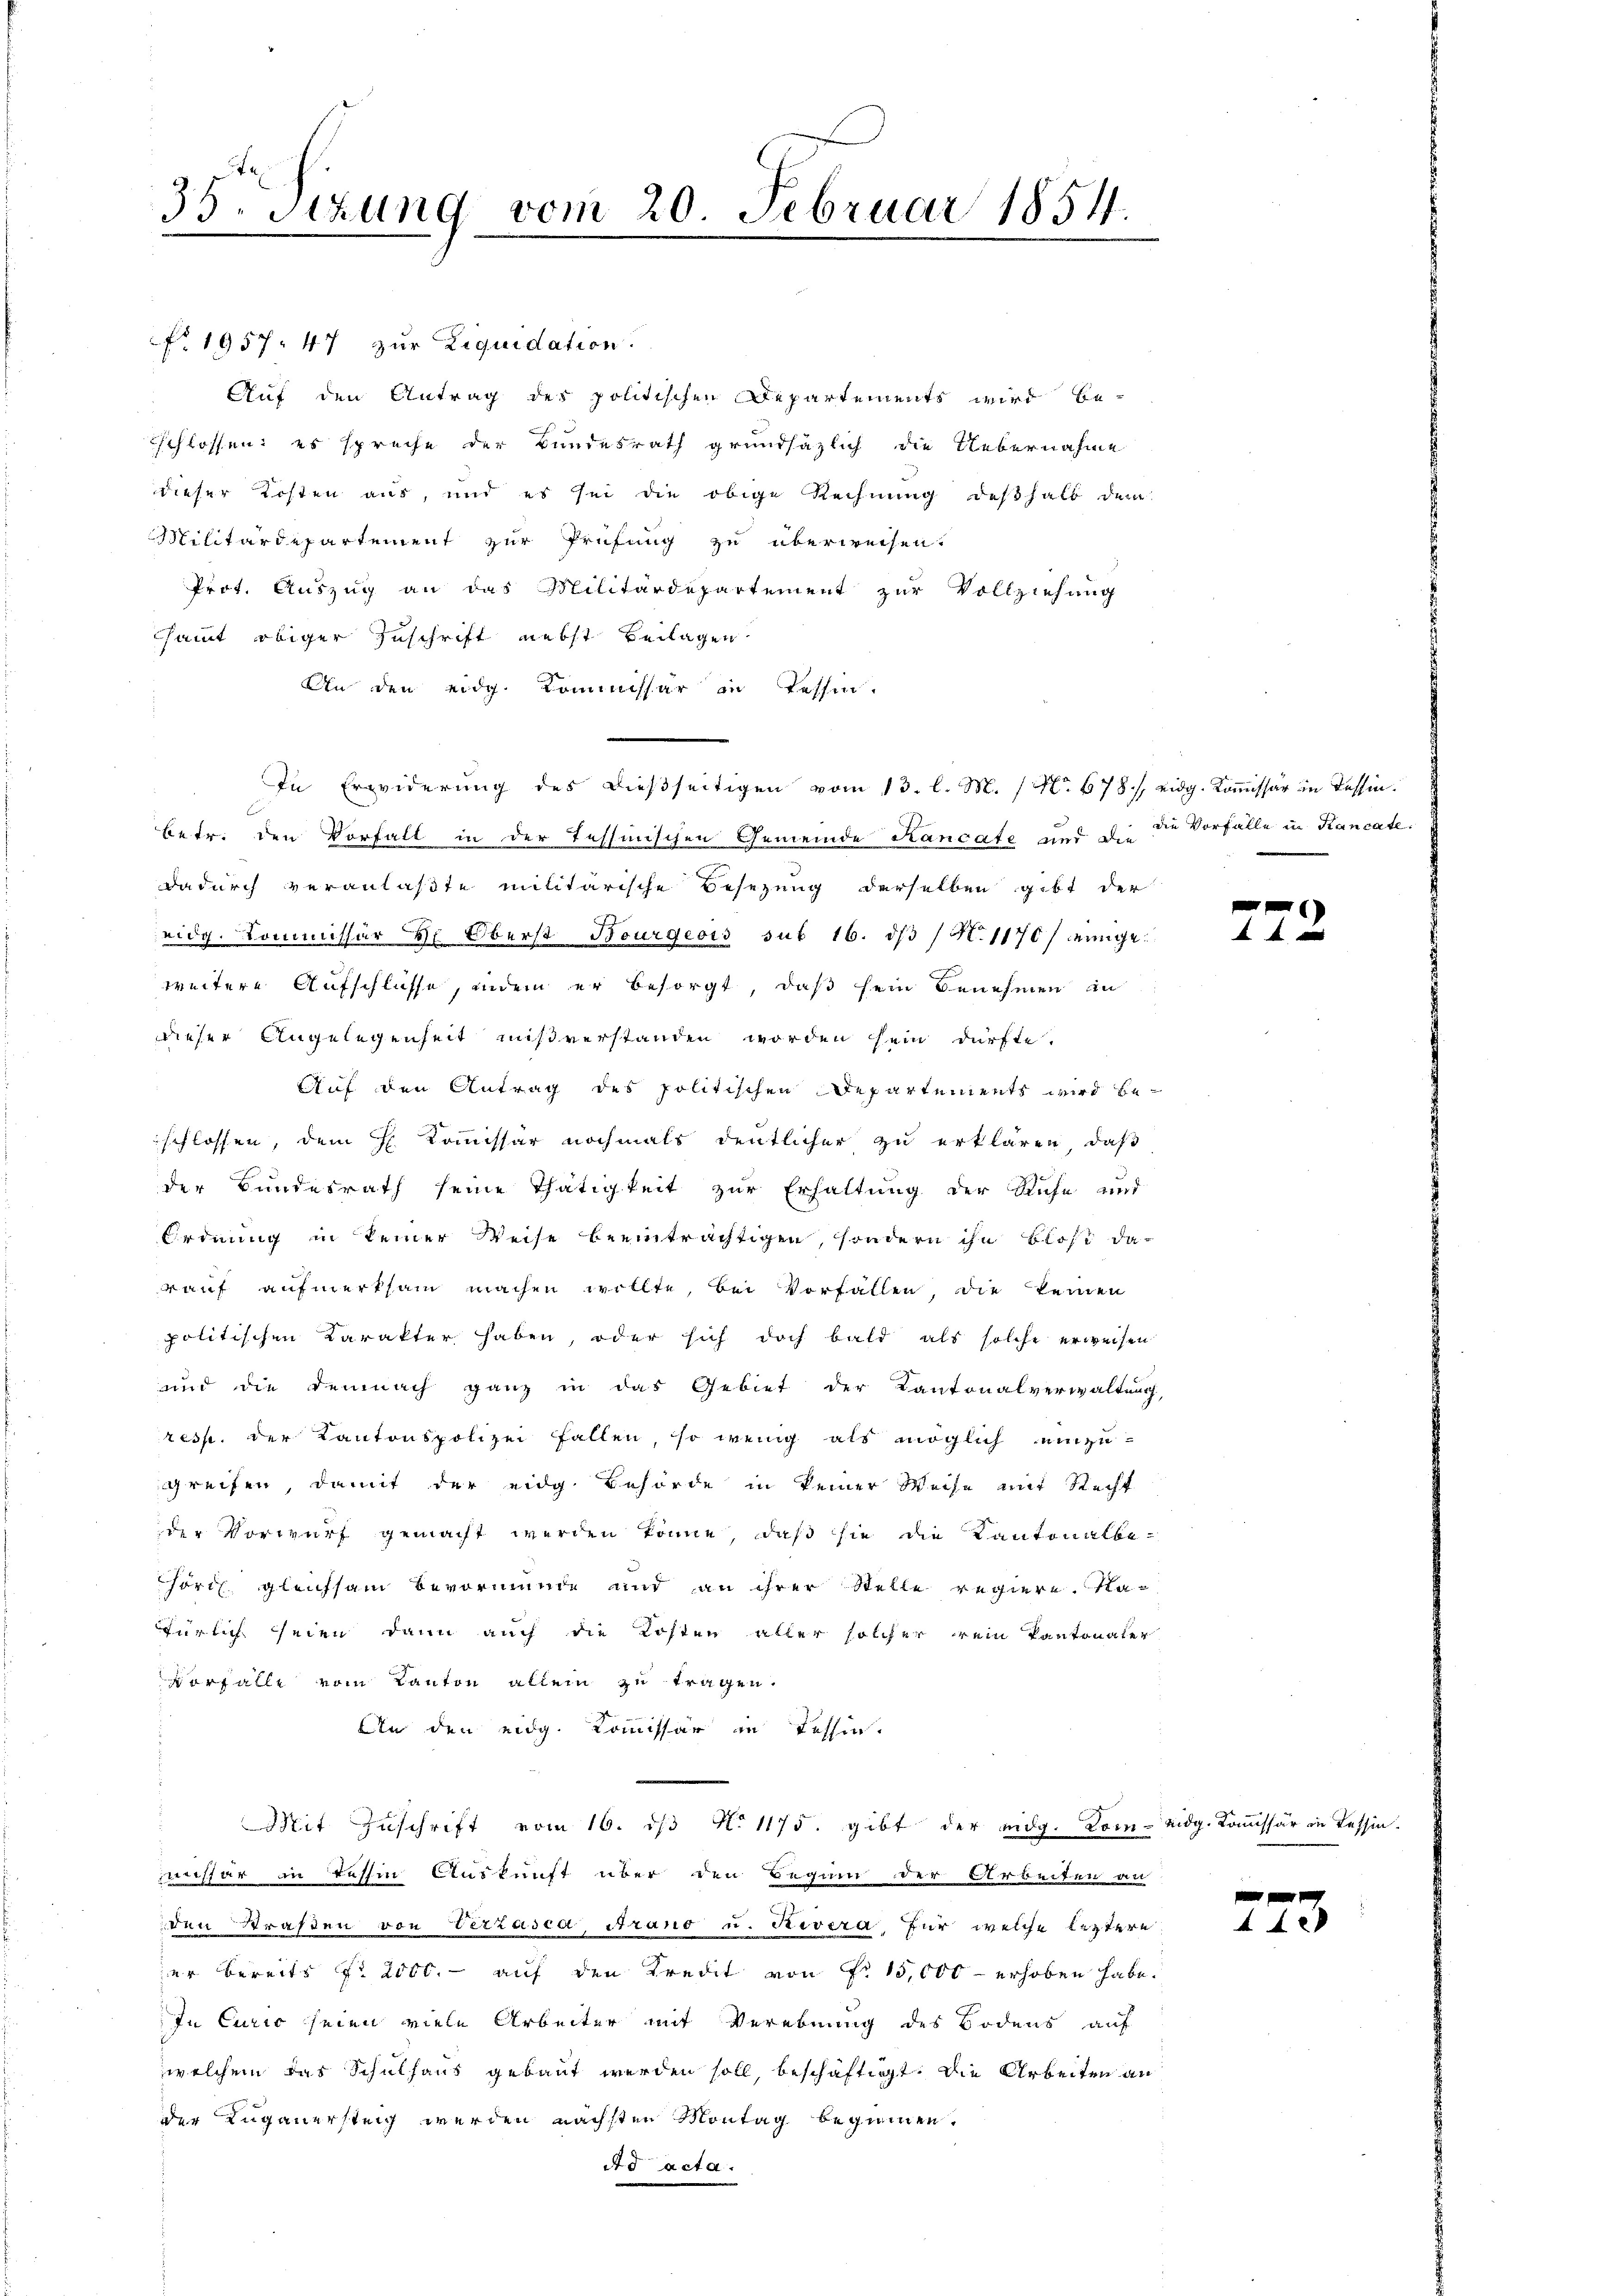
35. Sitzung vom 20. Februar 1854.

No 1957. 47 zur Liquidation.
Auf den Antrag des politischen Departements wird be-
schlossen, es spreche der Bundesrath grundsätzlich die Uebernahme
dieser Kosten aus, und es sei die obige Rechnŭng deshalb dem
Militärdepartement zur Prüfung zu überweisen.
Prot. Auszug an das Militärdepartement zur Vollziehung
sammt obiger Zuschrift nebst Beilagen
An den eidg. Kommissär in Tessin.
In Erwiderung des dießseitigen vom 13. l. M. (N. 678. / eidg. Kommissär in Tessin.
betr. den Vorfall in der Tessinischen Gemeinde Kancate und die die Vorfälle in Kancate.
dadurch veranlaßte militärische Besezung derselben gibt der
eidg. Kommissär H: Oberst Bourgeois sub 16. ds N. 1170 / einge
weitere Aufschlüsse, indem er besorgt, daß sein Benehmen in
dieser Angelegenheit mißverstanden worden sein dürfte.
Auf den Antrag des politischen Departements wird beschlossen, dem H. Kommissär nochmals deutlicher zu erklären, daß
der Bundesrath seine Thätigkeit zur Erhaltung der Ruhe und
Ordnung in keiner Weise beeinträchtigen, sondern ihn Blost da-
rauf aufmerksam machen wollte, bei Vorfallen, die keinen
politischen Karakter haben, oder sich doch bald als solche erweisen
und die Demnach ganz in das Gebiet der Kantonalverwaltung,
resp. der Kantonspolizei fallen, so wenig als möglich einzugreifen, damit der eidg. Behörde in keiner Weise mit Recht
der Vorwurf gemacht werden könne, daß sie die Kantonalbehört, gleichsam bevormunde und an ihrer Stelle regiere. Na-
türlich seien, dann auch die Kosten aller solcher rein Pantonaler
vorfalle vom Kanton allein zu tragen.
Din den eidg. Kommissär in Tessin.
Mit Zŭschrift vom 16. dβ No 1175. gibt der eidg. Kom- eidg. Kommissär in Tessin.
vester in Tessin Auskunft über den Begini der Arbeiten an
den Straßen von Verzasca, Arano u. Revera, für welche leztere
er bereits fr 2000.- auf den Kredit von Fr. 15,000 - erhoben habe.
In Curic seien viele Arbeiter mit Verebnung des Bodens auf
welchem das Schulhaus gebaut werden soll, beschäftigt. Die Arbeiten an
der Lugauersteig werden nächsten Montag beginnen.
Ad acta.

2

f
4

8)

e
e